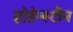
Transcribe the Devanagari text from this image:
होहेन्स्टीन